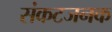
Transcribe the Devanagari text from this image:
संकटजनक